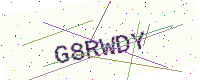
Text: G8RWDY